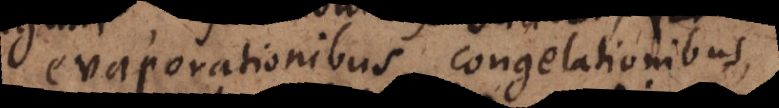
evaporationibus, congelationibus,